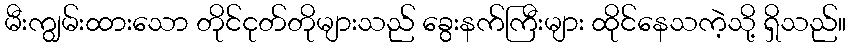
မီးကျွမ်းထားသော တိုင်ငုတ်တိုများသည် ခွေးနက်ကြီးများ ထိုင်နေသကဲ့သို့ ရှိသည်။